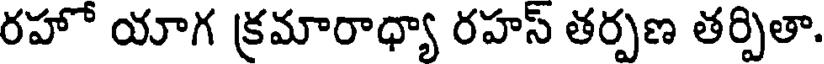
రహో యాగ క్రమారాధ్యా రహస్ తర్పణ తర్పితా.